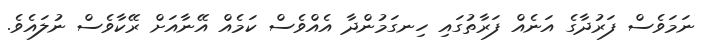
ނަމަވެސް ފަރުދާގެ އަނެއް ފަރާތުގައި ހިނގަމުންދާ އެއްވެސް ކަމެއް އޭނާއަށް ރޭކާވެސް ނުލައެވެ.